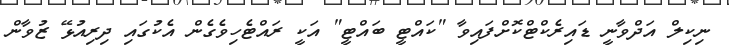
ނިކިލް އަދްވާނީ ޑައިރެކްޓްކޮށްފައިވާ "ކައްޓީ ބައްޓީ" އަކީ ރައްޓެހިވެގެން އެކުގައި ދިރިއުޅޭ ޒުވާން